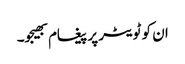
ان کو ٹویٹر پر پیغام بھیجو۔